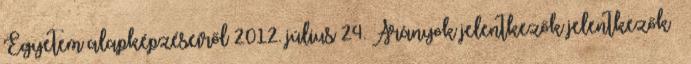
Egyetem alapképzéseiről 2012. július 24. Arányok jelentkezők jelentkezők